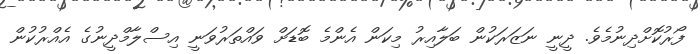
ފޯރުކޮށްދިނުމެވެ. ދީނީ ނަޒަރަކުން ބަލާއިރު މިކަން އެންމެ ބޮޑަށް ވައްތަރުވަނީ އިސްލާމްދީނުގެ އެއްރުކުން